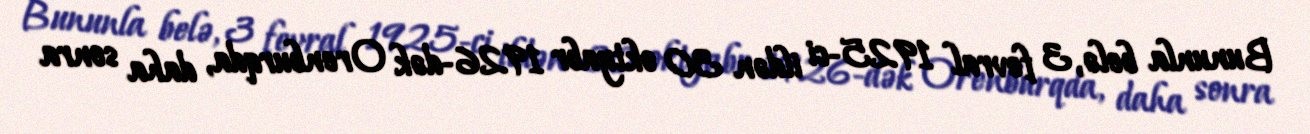
Bununla belə, 3 fevral 1925-ci ildən 30 oktyabr 1926-dək Orenburqda, daha sonra